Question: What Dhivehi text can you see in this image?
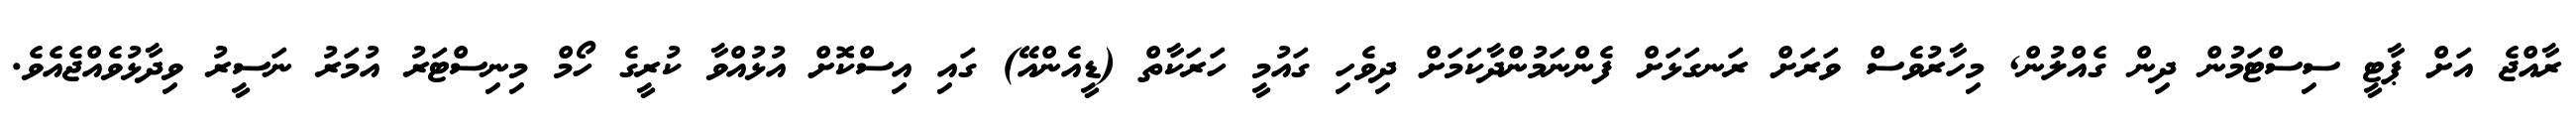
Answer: ރާއްޖެ އަށް ޕާޓީ ސިސްޓަމުން ދިން ގެއްލުން, މިހާރުވެސް ވަރަށް ރަނގަޅަށް ފެންނަމުންދާކަމަށް ދިވެހި ގައުމީ ހަރަކާތް (ޑީއެންއޭ) ގައި އިސްކޮށް އުޅުއްވާ ކުރީގެ ހޯމް މިނިސްޓަރު އުމަރު ނަސީރު ވިދާޅުވެއްޖެއެވެ.